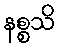
နစ္စသိ